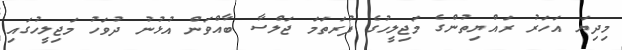
މިދިޔަ އަހަރު ރައްޔިތުންގެ މަޖިލީހުގެ ފުރަތަމަ ޖަލްސާ ބާއްވަން އުޅުނު ދުވަހު މަޖިލީހުގައި